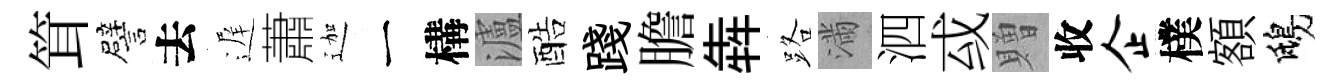
䇯譬去遅蕭迦一構瀘酷踐膽犇路滿泗㦯贈收企樸額鴟